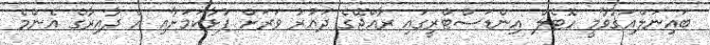
ބައިނަލްއަގުވާމީ ހޮޓެލް އިންޑަސްޓްރީގައި ރާއްޖޭގެ ދައުރު ވަރަށް ފުޅާކަމަށާއި އެ ދާއިރާގެ އެންމެ